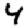
Digit: 4